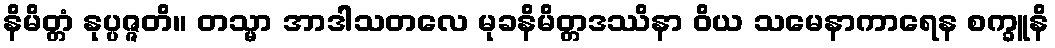
နိမိတ္တံ နုပ္ပဇ္ဇတိ။ တသ္မာ အာဒါသတလေ မုခနိမိတ္တဒဿိနာ ဝိယ သမေနာကာရေန စက္ခူနိ